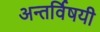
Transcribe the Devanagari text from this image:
अन्तर्विषयी